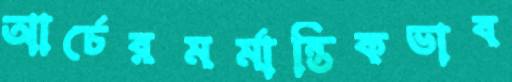
আর্চেরমর্মান্তিকভাব